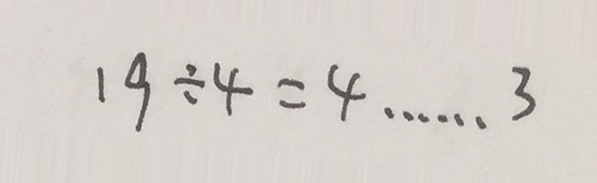
1 9 \div 4 = 4 \cdots 3